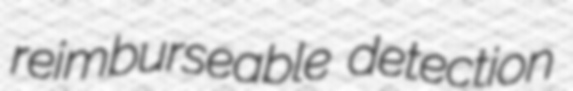
reimburseable detection